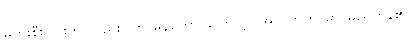
မပွားစီးခြင်းကို လည်း။ ကာမနတော၊ ကြောင့်။ အဟိတကာမာ၊ မည်ကုန်၏။